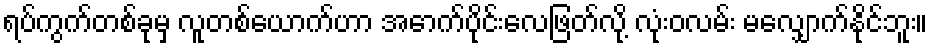
ရပ်ကွက်တစ်ခုမှ လူတစ်ယောက်ဟာ အောက်ပိုင်းလေဖြတ်လို့ လုံးဝလမ်း မလျှောက်နိုင်ဘူး။